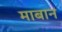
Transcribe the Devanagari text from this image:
माबान